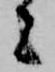
者